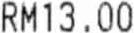
RM13.00